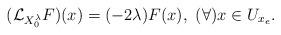
LaTeX: \begin{align*} (\mathcal{L}_{X_{0}^{\lambda}}F) (x)= (-2\lambda)F(x), ~(\forall)x\in U_{x_e}.\end{align*}